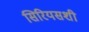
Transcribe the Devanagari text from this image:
सिरियसशी